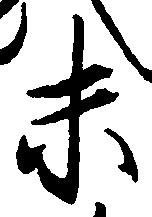
未